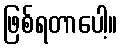
ဖြစ်ရတာပေါ့။